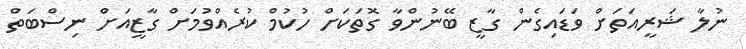
ނުލާ ޝަރީއަތަށް ވަޑައިގެން ގާޒީ ބޭނުންވާ ގޮތަކަށް ހުކުމް ކުރެއްވުމަށް ގާޒީއަށް ނިސްބަތް